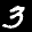
Label: 3